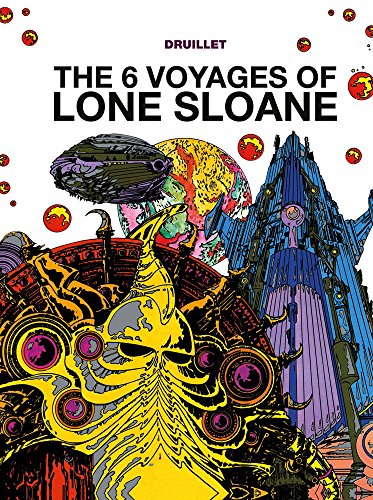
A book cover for The 6 Voyages of Lone Sloane Vol. 1; Philippe Druillet; Comics & Graphic Novels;